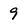
Character: 9